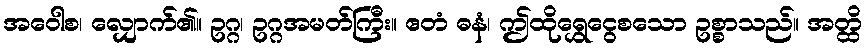
အဝေါစ၊ လျှောက်၏။ ဥဂ္ဂ၊ ဥဂ္ဂအမတ်ကြီး။ ဧတံ ဓနံ၊ ဤထိုရွှေငွေစသော ဥစ္စာသည်။ အတ္ထိ